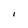
Character: l